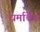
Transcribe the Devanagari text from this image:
धर्माचेच